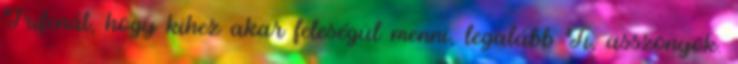
Trifenát, hogy kihez akar feleségül menni, legalább Ti, asszonyok.